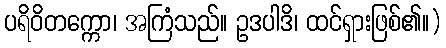
ပရိဝိတက္ကော၊ အကြံသည်။ ဥဒပါဒိ၊ ထင်ရှားဖြစ်၏။)